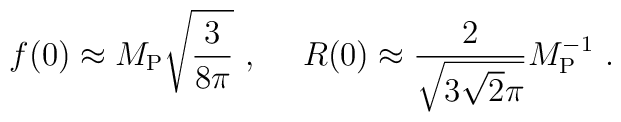
f(0) \approx M_{\rm P} \sqrt{3\over 8\pi} \ , ~~~~ R(0) \approx {2 \over\sqrt{3\sqrt 2\pi}} M_{\rm P}^{-1} \ .